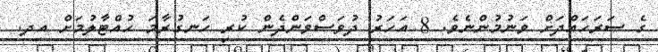
ގެ ސަރަހައްދަށް ވަނުމުންނެވެ. 8 އަހަރު ދުވަސްވަންދެން ކުރި ހަނގުރާމަ ހުއްޓާލުމަށް އދ.